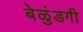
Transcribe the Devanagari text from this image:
बेळुंडगी